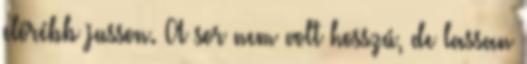
előrébb jusson. A sor nem volt hosszú, de lassan